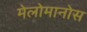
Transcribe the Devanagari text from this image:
मेलोमानोस